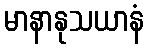
မာနာနုသယာနံ